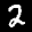
Label: 2